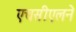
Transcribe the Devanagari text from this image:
एचसीएलने